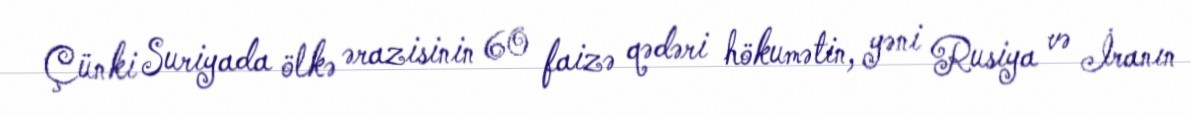
Çünki Suriyada ölkə ərazisinin 60 faizə qədəri hökumətin, yəni Rusiya və İranın